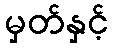
မှတ်နှင့်